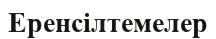
Еренсілтемелер